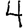
Digit: 4